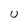
Character: u